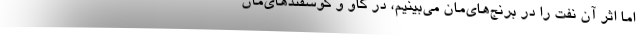
اما اثر آن نفت را در برنج‌هاي‌مان مي‌بينيم، در گاو و گوسفندهاي‌مان